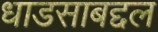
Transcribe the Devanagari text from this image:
धाडसाबद्दल